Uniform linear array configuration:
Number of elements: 12
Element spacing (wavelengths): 0.75
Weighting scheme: kaiser
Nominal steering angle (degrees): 30
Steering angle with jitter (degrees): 28.623
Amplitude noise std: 0.05
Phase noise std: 0.05

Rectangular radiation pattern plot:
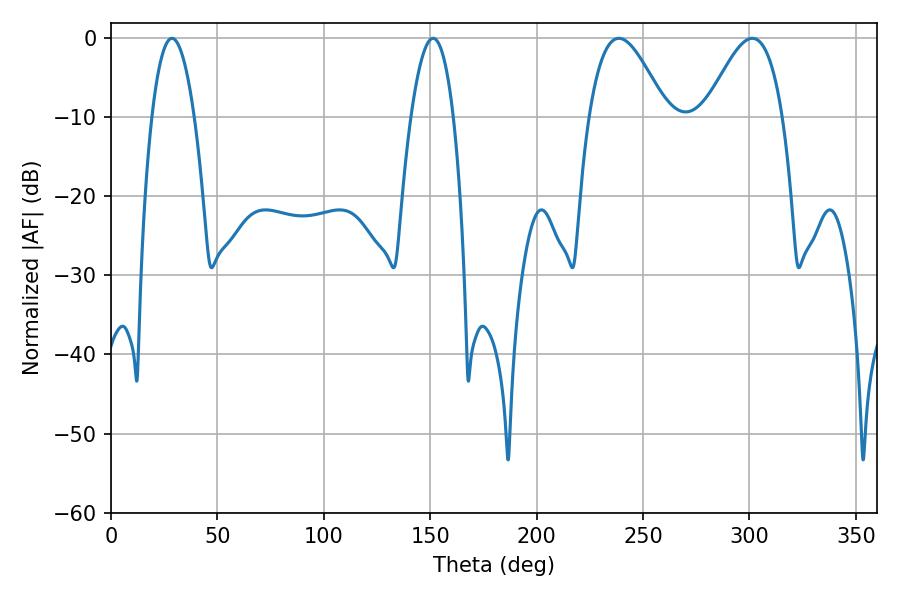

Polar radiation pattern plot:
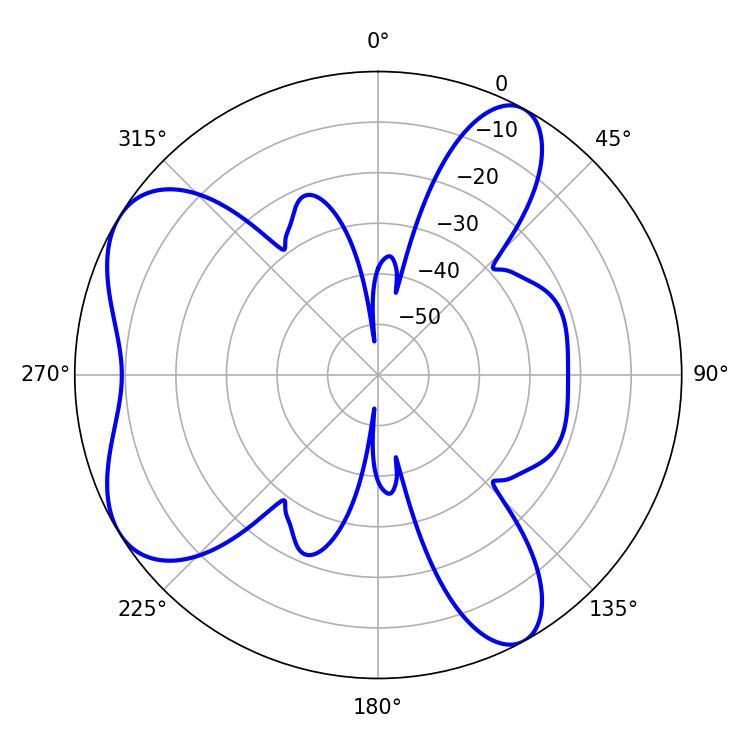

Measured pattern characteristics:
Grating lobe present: TRUE
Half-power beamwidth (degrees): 19.62
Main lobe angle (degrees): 301.32